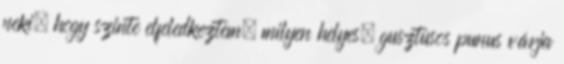
neki, hogy szinte elfeledkeztem, milyen helyes, gusztusos punus várja